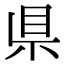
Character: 県